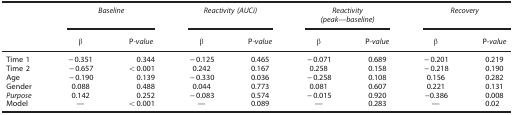
|  | <COLSPAN=2> Baseline | <COLSPAN=2> Reactivity (AUCi) | <COLSPAN=2> Reactivity (peak—baseline) | <COLSPAN=2> Recovery |
 |  | β | P-value | β | P-value | β | P-value | β | P-value |
 | --- | --- | --- | --- | --- | --- | --- | --- | --- |
 | Time 1 | −0.351 | 0.344 | −0.125 | 0.465 | −0.071 | 0.689 | −0.201 | 0.219 |
 | Time 2 | −0.657 | <0.001 | 0.242 | 0.167 | 0.258 | 0.158 | −0.218 | 0.190 |
 | Age | −0.190 | 0.139 | −0.330 | 0.036 | −0.258 | 0.108 | 0.156 | 0.282 |
 | Gender | 0.088 | 0.488 | 0.044 | 0.773 | 0.081 | 0.607 | 0.221 | 0.131 |
 | Purpose | 0.142 | 0.252 | −0.083 | 0.574 | −0.015 | 0.920 | −0.386 | 0.008 |
 | Model | — | <0.001 | — | 0.089 | — | 0.283 | — | 0.02 |